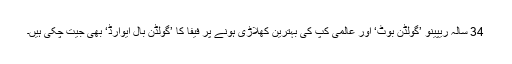
34 سالہ ریپینو ’گولڈن بوٹ‘ اور عالمی کپ کی بہترین کھلاڑی ہونے پر فیفا کا ’گولڈن بال ایوارڈ‘ بھی جیت چکی ہیں۔